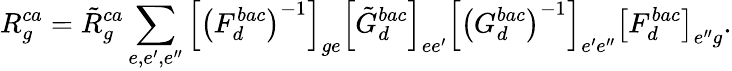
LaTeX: R_{g}^{ca}=\tilde{R}_{g}^{ca}\sum_{e,e^{\prime},e^{\prime\prime}}\left[\left(F_{d}^{bac}\right)^{-1}\right]_{ge}\left[\tilde{G}_{d}^{bac}\right]_{ee^{\prime}}\left[\left(G_{d}^{bac}\right)^{-1}\right]_{e^{\prime}e^{\prime\prime}}\left[F_{d}^{bac}\right]_{e^{\prime\prime}g}.